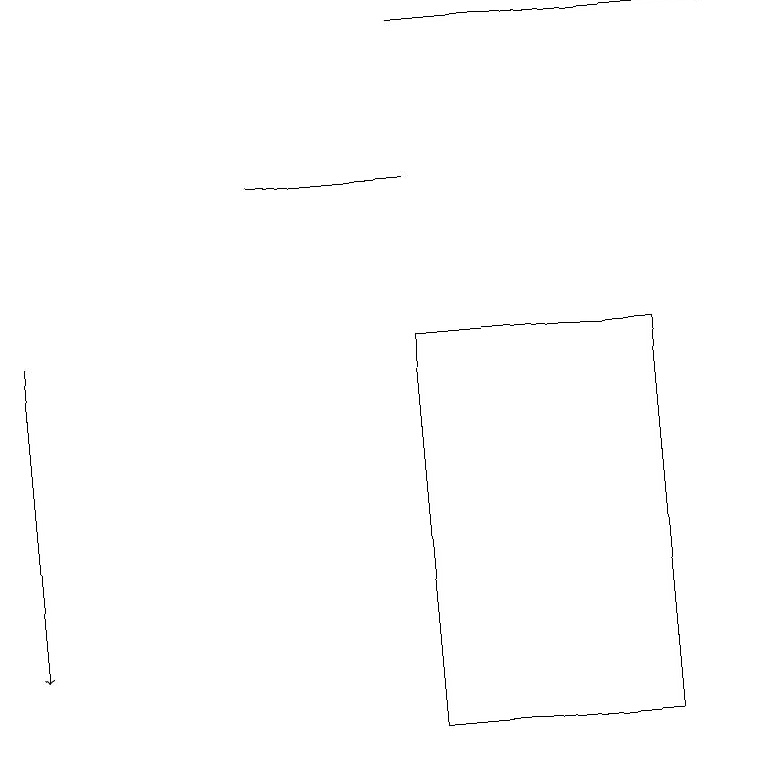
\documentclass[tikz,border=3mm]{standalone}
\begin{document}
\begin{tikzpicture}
\draw (5,19) rectangle (9,19);
\draw (3,17) rectangle (5,17);
\draw[->] (0,15) -- (0,11);
\draw (8,15) rectangle (5,10);
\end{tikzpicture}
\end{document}